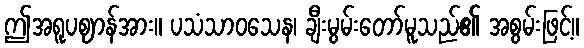
ဤအရူပဈာန်အား။ ပသံသာဝသေန၊ ချီးမွမ်းတော်မူသည်၏ အစွမ်းဖြင့်။